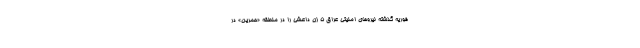
فوریه گذشته نیروهای امنیتی عراق 5 زن داعشی را در منطقه «حمرین» در